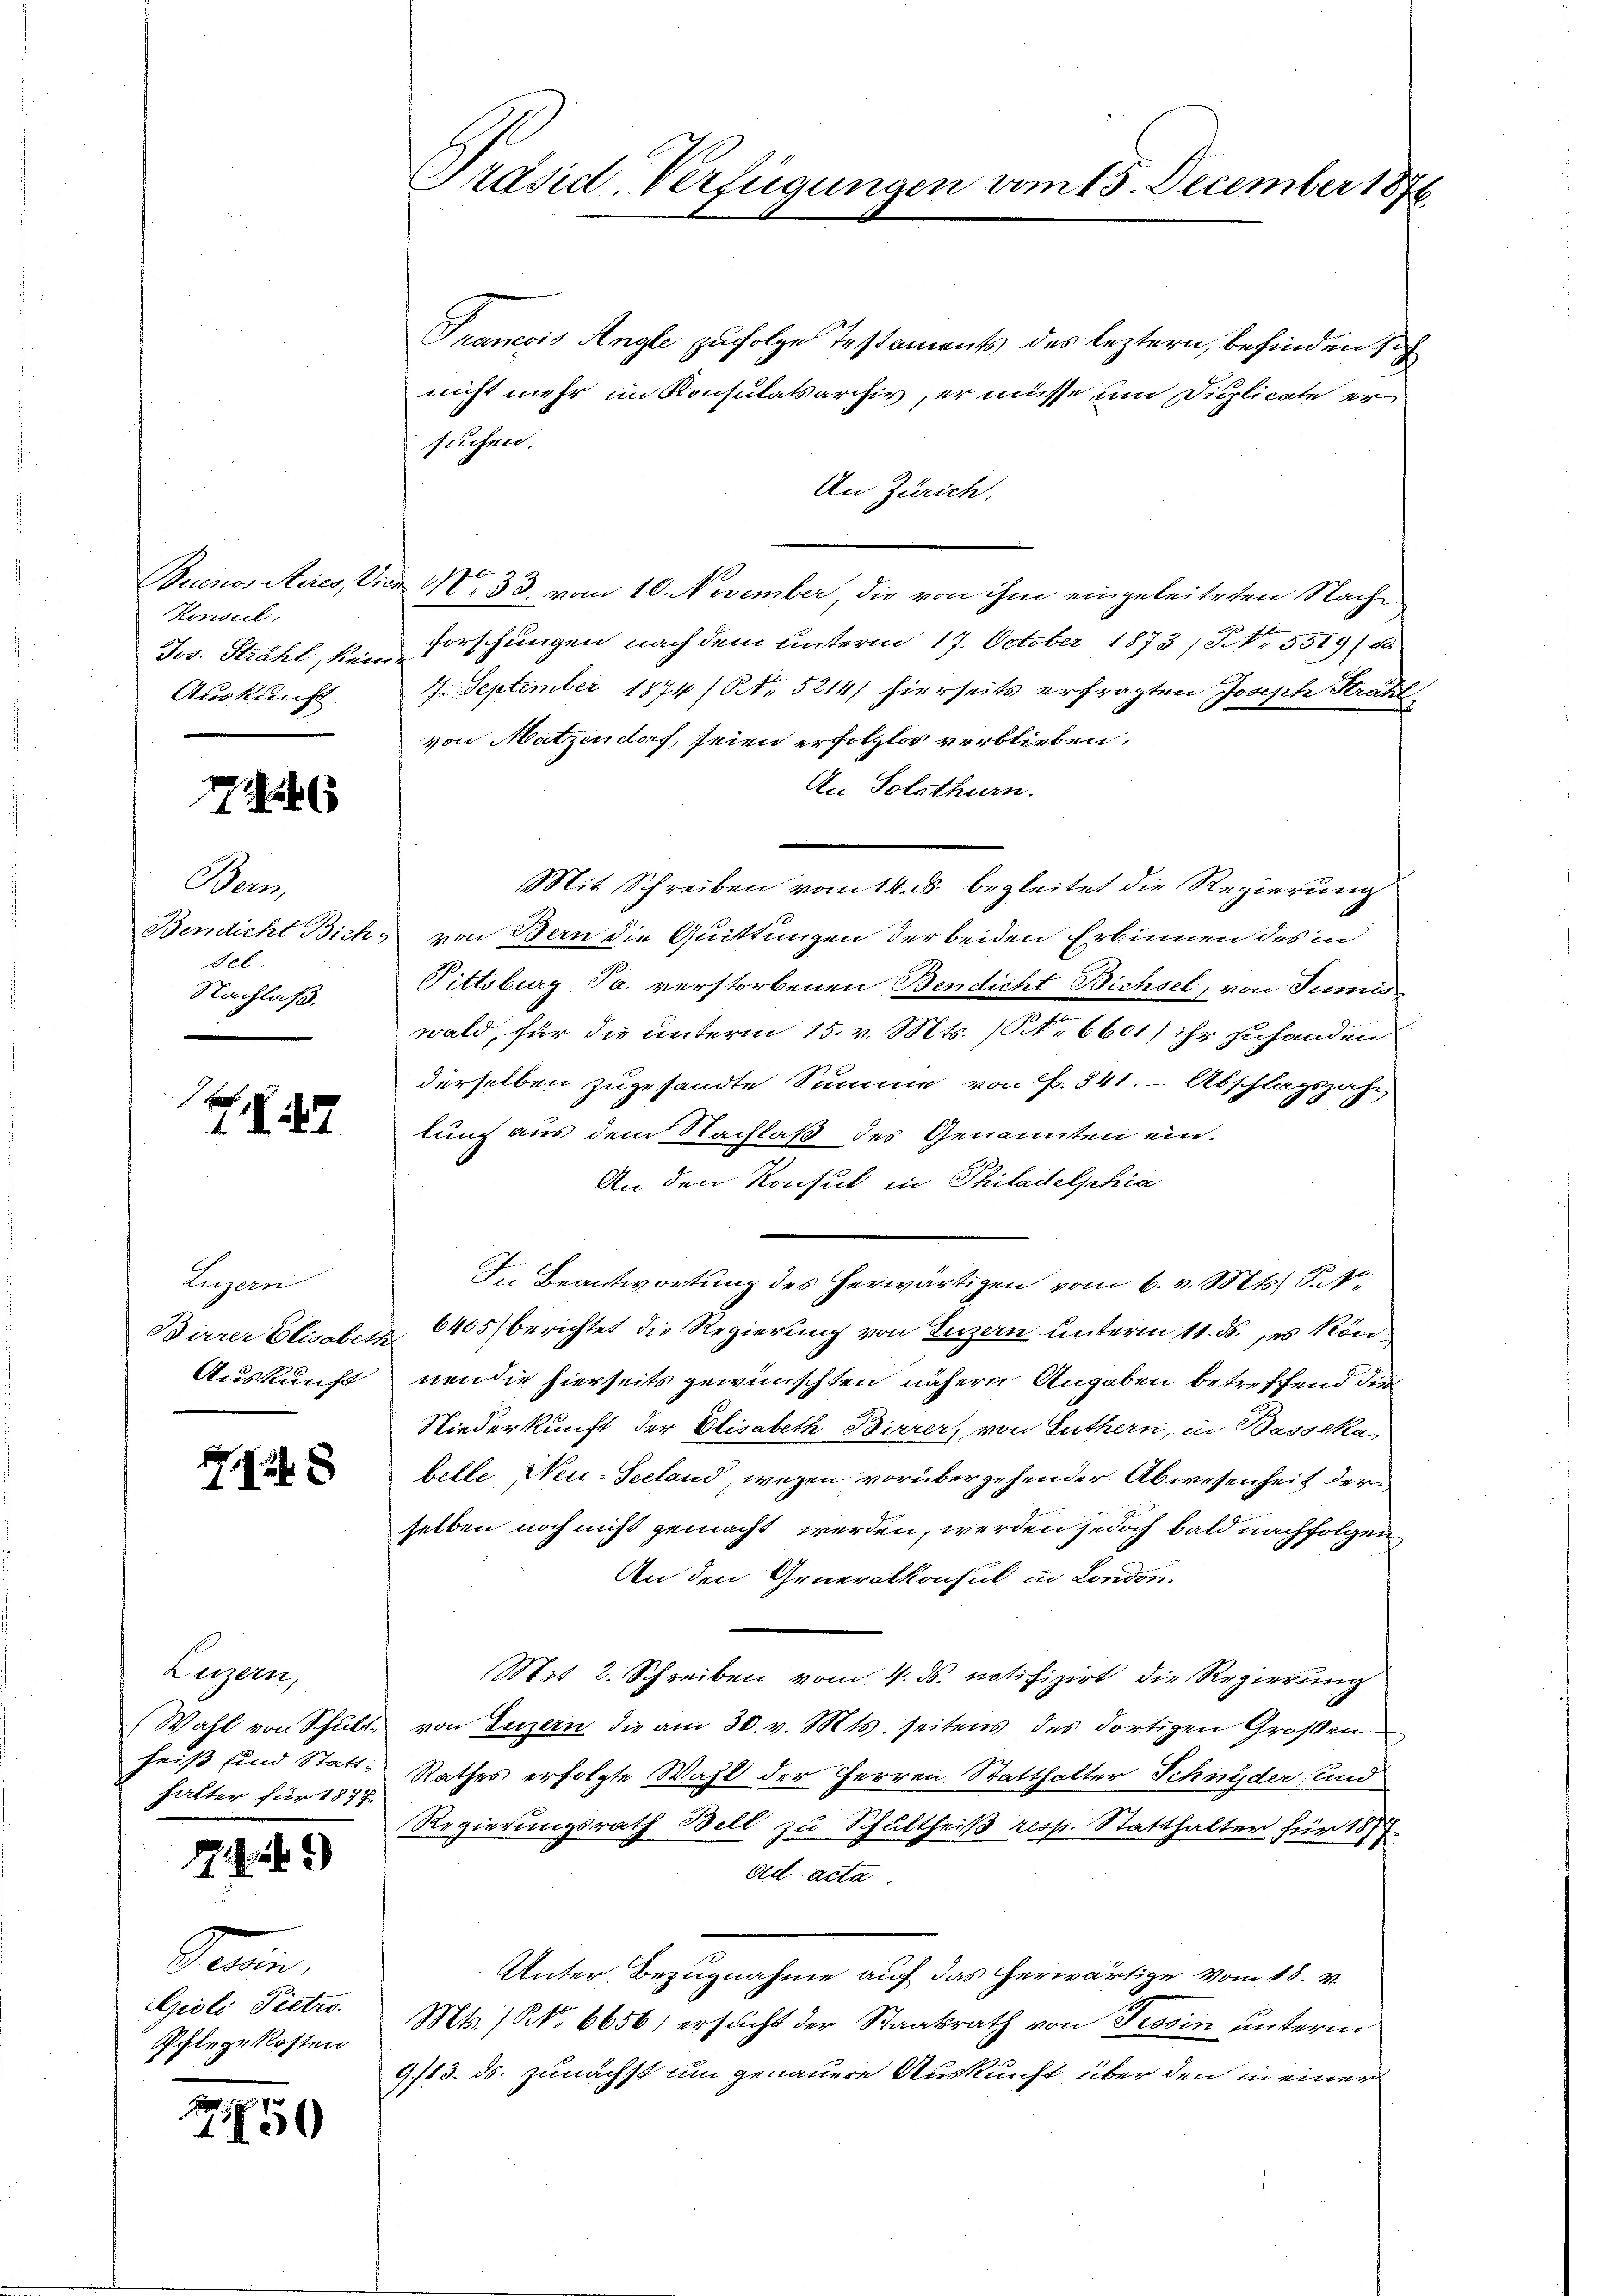
Konsul,
Jos. Strahl, kein
Auskunft.

16

Bern,
Bendicht Bich
sel.
Nachlaß.

Se
IV47

Luzern
Birrer Elisabeth
Auskunft

248

Eugen
(Wahl von Schult
heiß und Statthatter für 1877

229

Perin.
Gioli Pietr.
Pflege kosten

250

Präsid, Verfügungen vom 15. December 1876

Grancois Angle zufolge Testaments des leztern, befinden sich
nicht mehr im Konsulatsarchiv, er müsse und Dipplicate erscichen.
An Zürich.
Buenos Aires, Wird No. 33. vom 10. November, die von ihm eingeleiteten Nachforschungen nach dem unterm 17. October 1873 / Nr. 5519 (d
4. September 1876/ NNo. 5214/ hierseits erfragten Joseph Strahl
von Matzendorf, seien erfolglos verblieben.
An Solothurn.
Mit Schreiben vom 14. ds begleitet die Regierung
von Bern die Quittungen der beiden Erbinnen des in
Pittsburg Ja. verstorbenen Bendicht Bichsel, von Junis
wald, für die unterm 15. v. Mts. (Art. 6601/ ihr zuhanden
derselben zugesandte Summe von Fr. 341. - Abschlagszahn
lung aus dem Nachlaß des Genannten ein.
An den Konsul in Philadelphia
In Beantwortung des herwärtigen vom 6. v. Mts. S. N.
6405 berichtet die Regierung von Luzern unterm 11. ds. es kön
nen die hierseits gewünschten nähern Angaben betreffend die
Niederkunft der Elisabeth Birrer, von Luthern, in Basseka
belle Neu-Seeland, wegen vorübergehender Abwesenheit der
selben noch nicht gemacht werden, werden jedoch bald nachfolgen
An den Generalkonsul in London.
Mit 2. Schreiben vom 4. ds. notifizirt die Regierŭng
von Luzern die am 30. v. Mts. seitens des dortigen Großen
Rathes erfolgte Wahl der Herren Statthalter Schnyder, und
Regierungsrath Bell zu Schultheiß resp. Statthalter für 187
ad acta.
Unter Bezugnahme auf das herwärtige vom 18. v.
Mts. ) No 6656) ersucht der Staatsrath von Tessin unterm
9/13. ds. zunächst um genauere Auskunft über den in einer